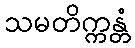
သမတိက္ကန္တံ